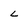
Character: L